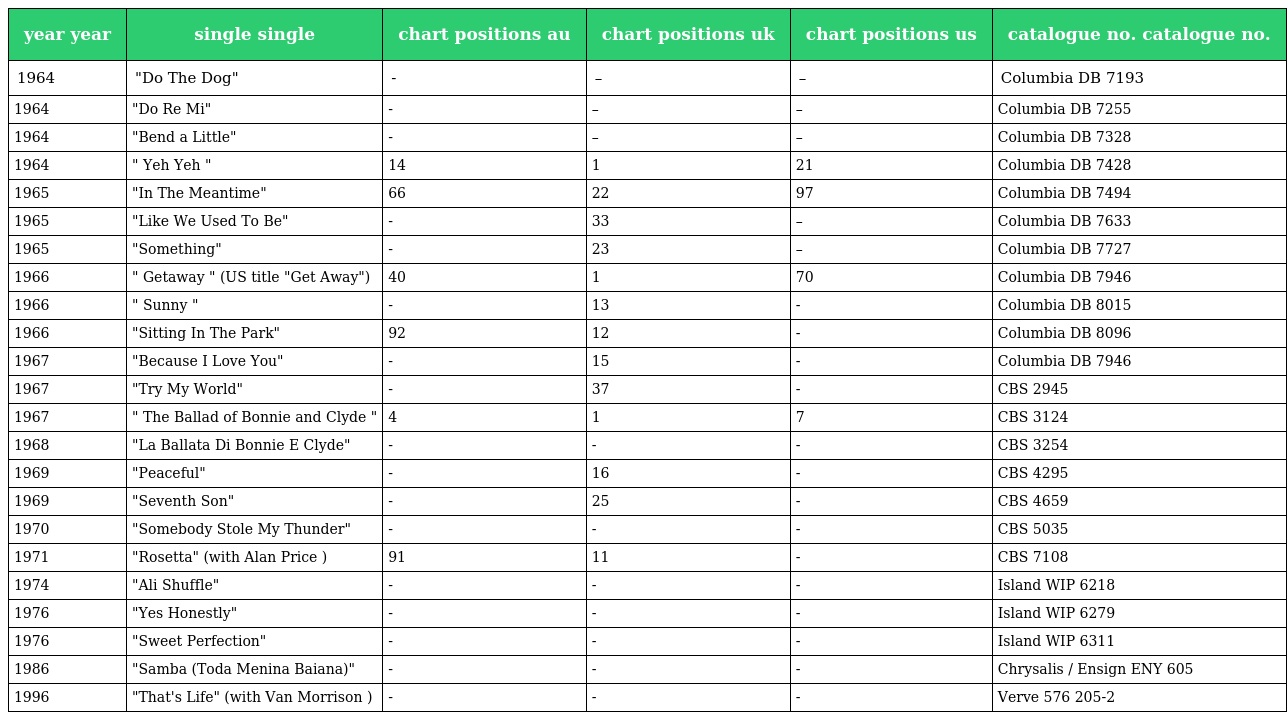
| year year | single single | chart positions au | chart positions uk | chart positions us | catalogue no. catalogue no. |
 | --- | --- | --- | --- | --- | --- |
 | 1964 | "Do The Dog" | - | – | – | Columbia DB 7193 |
 | 1964 | "Do Re Mi" | - | – | – | Columbia DB 7255 |
 | 1964 | "Bend a Little" | - | – | – | Columbia DB 7328 |
 | 1964 | " Yeh Yeh " | 14 | 1 | 21 | Columbia DB 7428 |
 | 1965 | "In The Meantime" | 66 | 22 | 97 | Columbia DB 7494 |
 | 1965 | "Like We Used To Be" | - | 33 | – | Columbia DB 7633 |
 | 1965 | "Something" | - | 23 | – | Columbia DB 7727 |
 | 1966 | " Getaway " (US title "Get Away") | 40 | 1 | 70 | Columbia DB 7946 |
 | 1966 | " Sunny " | - | 13 | - | Columbia DB 8015 |
 | 1966 | "Sitting In The Park" | 92 | 12 | - | Columbia DB 8096 |
 | 1967 | "Because I Love You" | - | 15 | - | Columbia DB 7946 |
 | 1967 | "Try My World" | - | 37 | - | CBS 2945 |
 | 1967 | " The Ballad of Bonnie and Clyde " | 4 | 1 | 7 | CBS 3124 |
 | 1968 | "La Ballata Di Bonnie E Clyde" | - | - | - | CBS 3254 |
 | 1969 | "Peaceful" | - | 16 | - | CBS 4295 |
 | 1969 | "Seventh Son" | - | 25 | - | CBS 4659 |
 | 1970 | "Somebody Stole My Thunder" | - | - | - | CBS 5035 |
 | 1971 | "Rosetta" (with Alan Price ) | 91 | 11 | - | CBS 7108 |
 | 1974 | "Ali Shuffle" | - | - | - | Island WIP 6218 |
 | 1976 | "Yes Honestly" | - | - | - | Island WIP 6279 |
 | 1976 | "Sweet Perfection" | - | - | - | Island WIP 6311 |
 | 1986 | "Samba (Toda Menina Baiana)" | - | - | - | Chrysalis / Ensign ENY 605 |
 | 1996 | "That's Life" (with Van Morrison ) | - | - | - | Verve 576 205-2 |